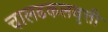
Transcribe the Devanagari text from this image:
चालढकलवृत्ती